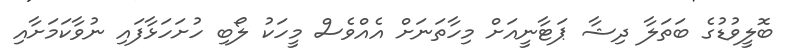
ބޮލީވުޑުގެ ބަތަލާ ދިޝާ ޕަޓާނީއަށް މިހާތަނަށް އެއްވެސް މީހަކު ލޯބި ހުށަހަޅާފައި ނުވާކަމަށާއި